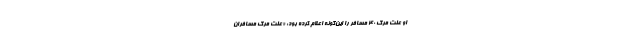
او علت مرگ ۴۰ مسافر را این‌گونه اعلام کرده بود: «علت مرگ مسافران